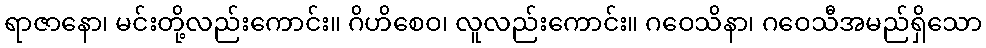
ရာဇာနော၊ မင်းတို့လည်းကောင်း။ ဂိဟိစေဝ၊ လူလည်းကောင်း။ ဂဝေသိနာ၊ ဂဝေသီအမည်ရှိသော